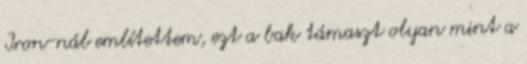
Iron-nál említettem, ezt a bak támaszt olyan mint a